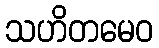
သဟိတမေဝ